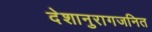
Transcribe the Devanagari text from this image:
देशानुरागजनित